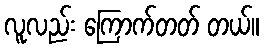
လူလည်း ကြောက်တတ် တယ်။